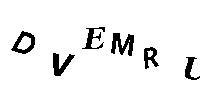
DVEMRU